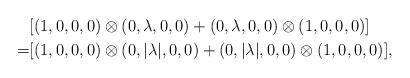
LaTeX: \begin{align*}&[(1,0,0,0)\otimes(0,\lambda,0,0)+(0,\lambda,0,0)\otimes(1,0,0,0)]\\=&[(1,0,0,0)\otimes(0,|\lambda|,0,0)+(0,|\lambda|,0,0)\otimes(1,0,0,0)],\end{align*}